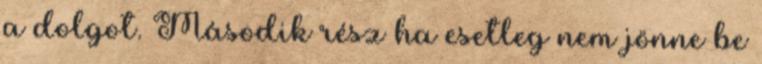
a dolgot. Második rész ha esetleg nem jönne be